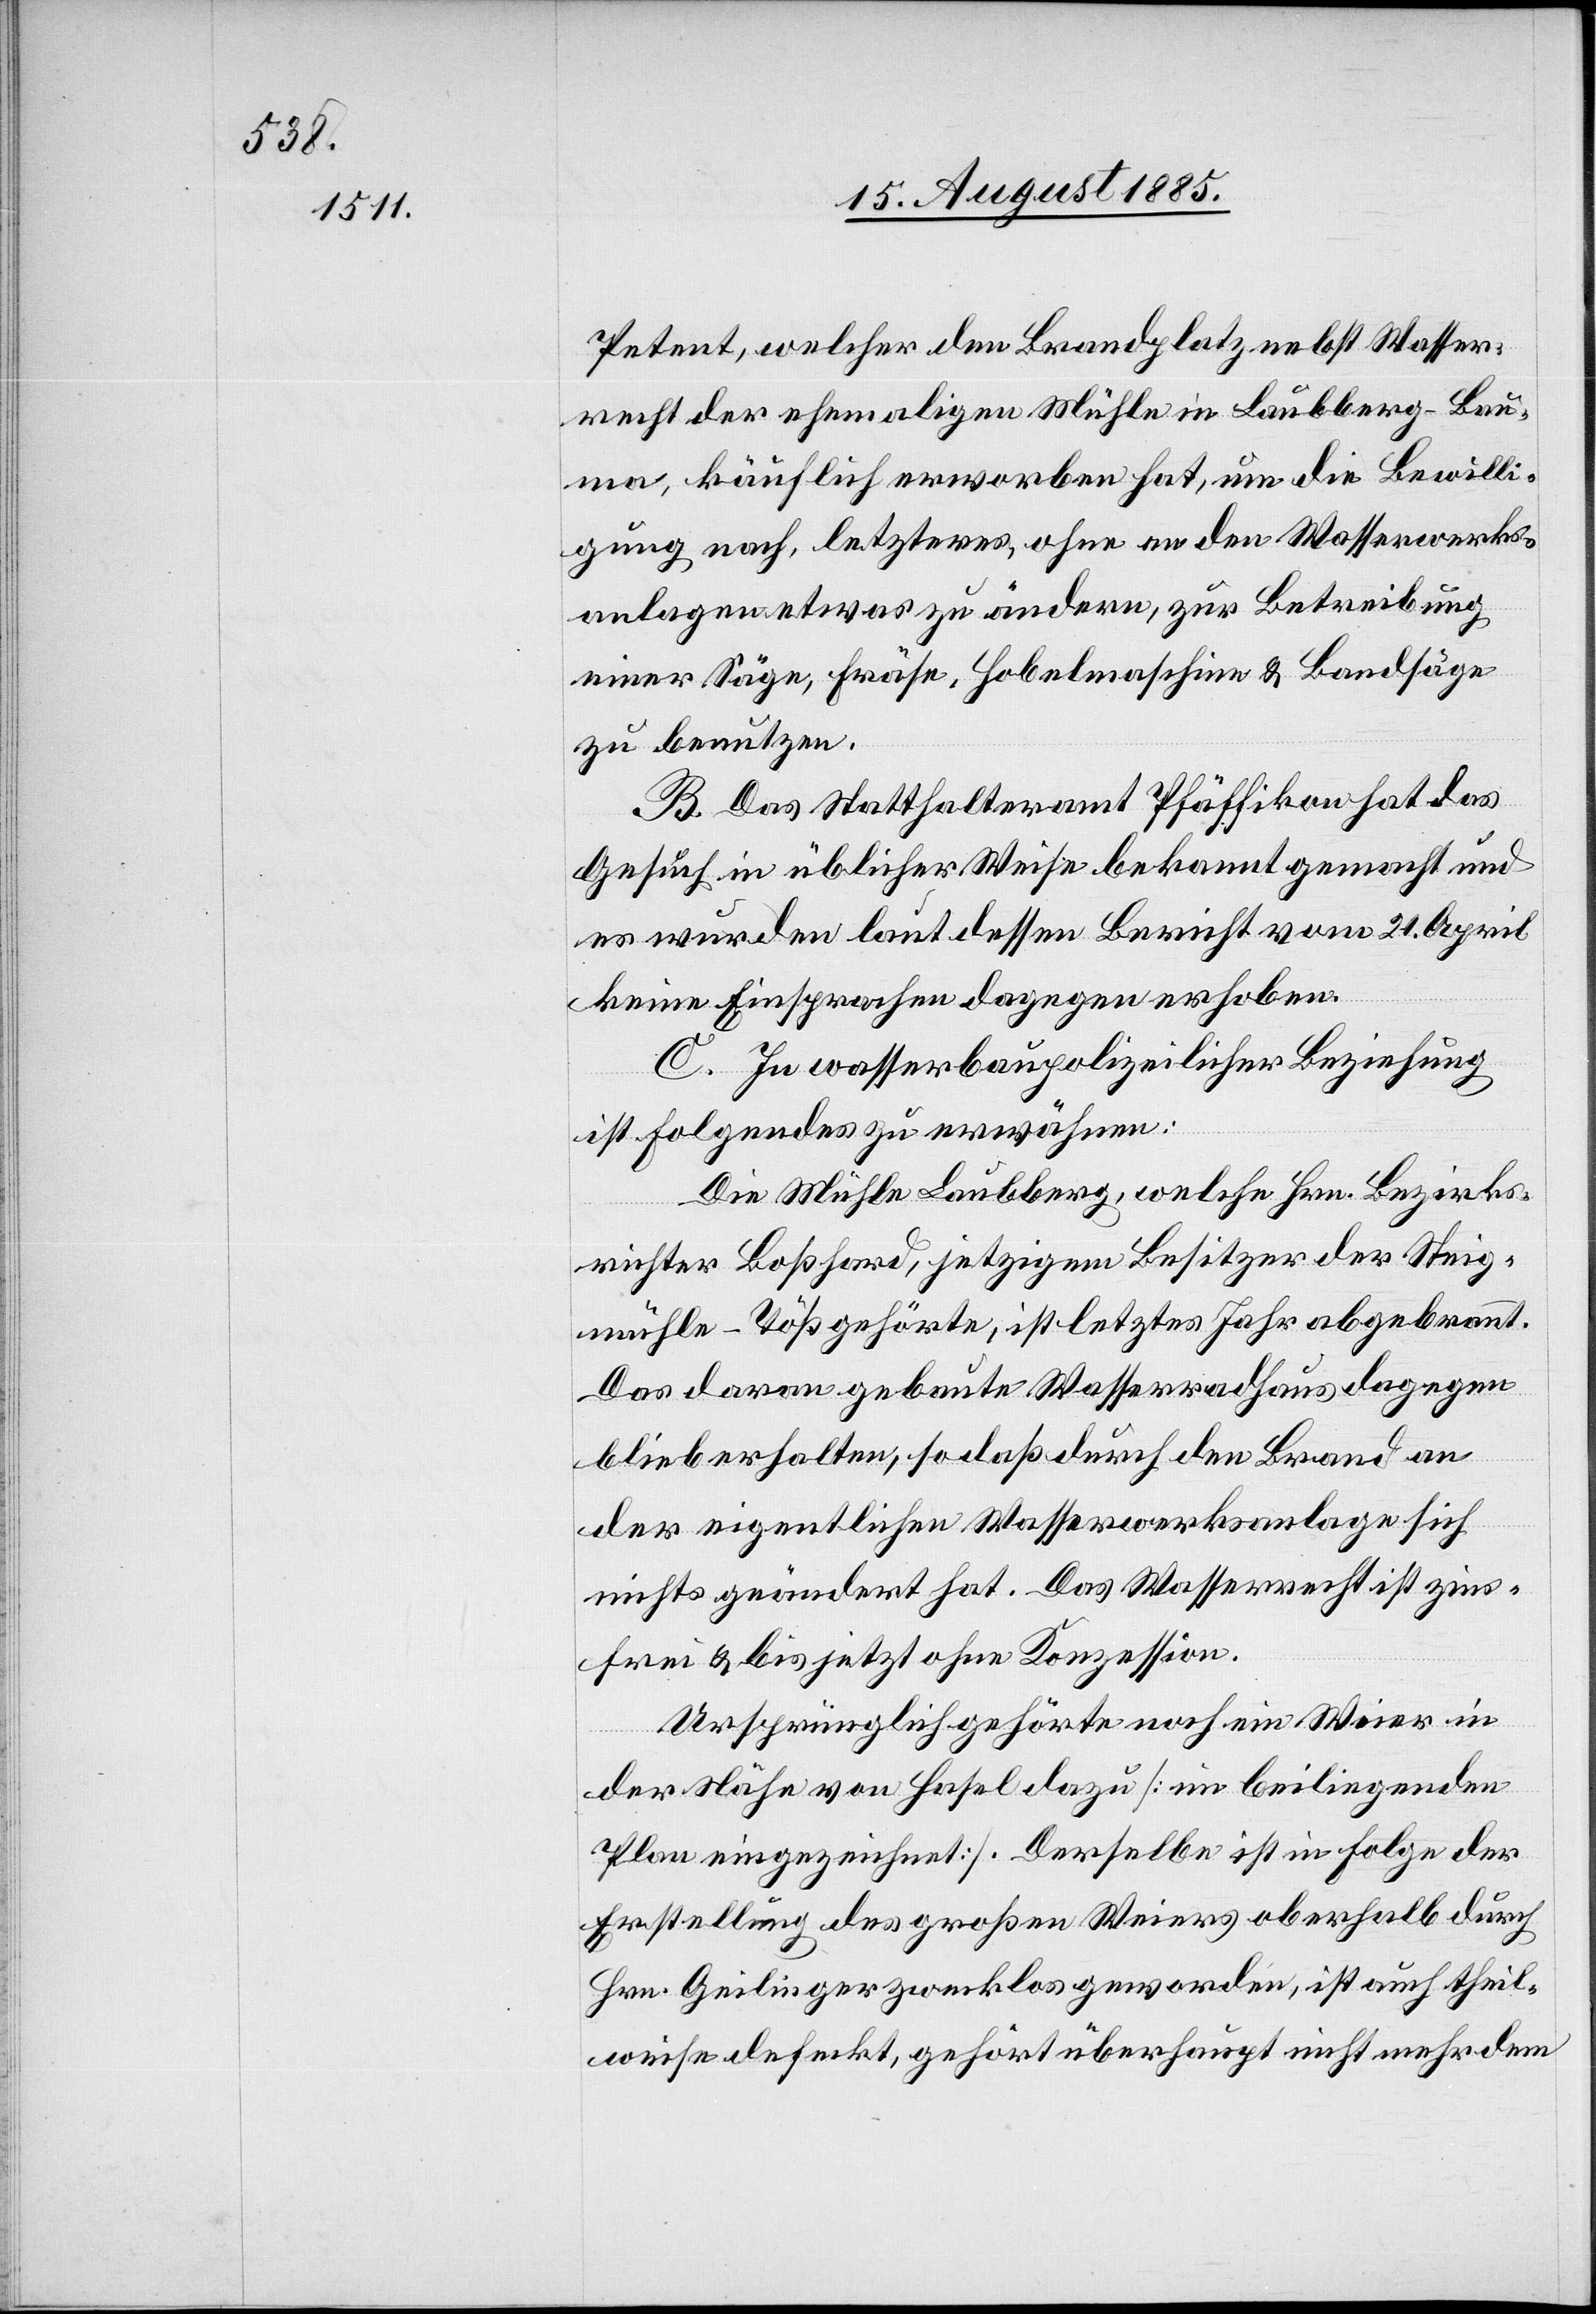
Petent, welcher den Brandplatz nebst Wasser¬
recht der ehemaligen Mühle in Laubberg - Bau¬
ma, käuflich erworben hat, um die Bewilli¬
gung nach, letzteres, ohne an den Wasserwerks¬
anlagen etwas zu ändern, zur Betreibung
einer Säge, Fräse, Hobelmaschine & Bandsäge
zu benutzen.
B. Das Statthalteramt Pfäffikon hat das
Gesuch in üblicher Weise bekannt gemacht und
es wurden laut dessen Bericht vom 21. April
keine Einsprachen dagegen erhoben.
C. In wasserbaupolizeilicher Beziehung
ist Folgendes zu erwähnen:
Die Mühle Laubberg, welche Hrn. Bezirks¬
richter Boßhard, jetzigem Besitzer der Steig¬
mühle - Töß gehörte, ist letztes Jahr abgerannt.
Das daran gebaute Wasserradhaus dagegen
blieb erhalten, so daß durch den Brand an
der eigentlichen Wasserwerkanlage sich
nichts geändert hat. Das Wasserrecht ist zins¬
frei & bis jetzt ohne Konzession.
Ursprünglich gehörte noch ein Weier in
der Nähe von Hasel dazu [im beiliegenden
Plan eingezeichnet]. Derselbe ist in Folge der
Erstellung des großen Weiers oberhalb durch
Hrn. Geilinger zwecklos geworden, ist auch theil¬
weise defekt, gehört überhaupt nicht mehr dem